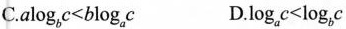
C. $$a \log _{b} c<b \log _{a} c$$ D.$$\log _{a} c<\log _{b} c$$